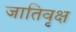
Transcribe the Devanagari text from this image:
जातिवृक्ष